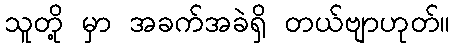
သူတို့ မှာ အခက်အခဲရှိ တယ်ဗျာဟုတ်။